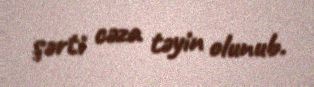
şərti cəza təyin olunub.